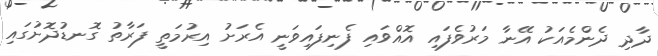
ދާދި ދެންމެއަކު އޭނާ މަރުވެފައި އޮއްވައި ފެނިފައިވަނީ އެރަށު އިރުމަތީ ފަރާތު ގޮނޑުދޮށުގައި